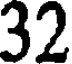
32